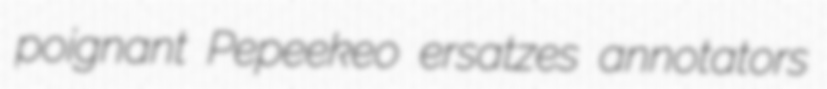
poignant Pepeekeo ersatzes annotators